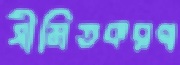
সীমিতকরণ